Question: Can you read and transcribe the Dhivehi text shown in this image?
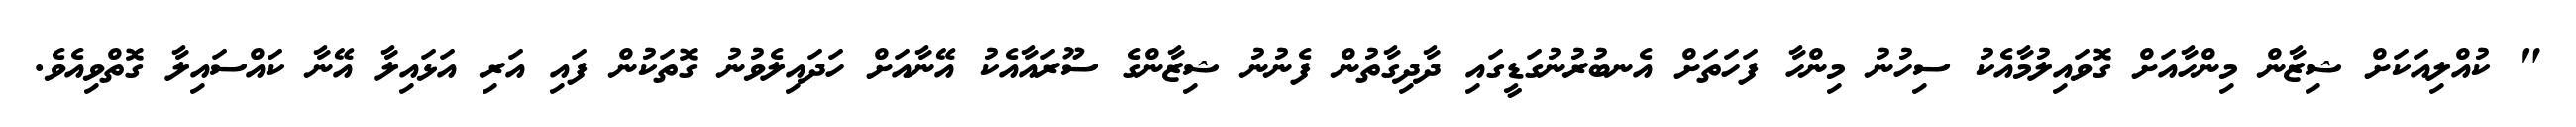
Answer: " ކުއްލިއަކަށް ޝިޒާން މިންހާއަށް ގޮވައިލުމާއެކު ސިހުނު މިންހާ ފަހަތަށް އެނބުރުނުގަޑީގައި ދާދިގާތުން ފެނުނު ޝިޒާންގެ ސޫރައާއެކު އޭނާއަށް ހަދައިލެވުނު ގޮތަކުން ފައި އަރި އަޅައިލާ އޭނާ ކައްސައިލާ ގޮތްވިއެވެ.